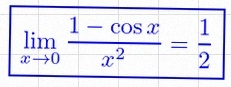
\lim_{x\to0}\frac{1-\cos x}{x^2}=\frac12